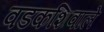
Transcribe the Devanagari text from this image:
वडकशिवाले